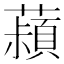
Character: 𬟄